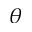
\theta